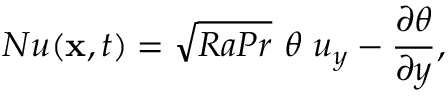
N u ( { \bf x } , t ) = \sqrt { R a P r } ~ \theta ~ u _ { y } - \frac { \partial \theta } { \partial y } ,